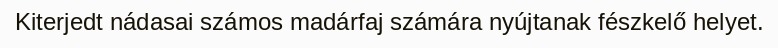
Kiterjedt nádasai számos madárfaj számára nyújtanak fészkelő helyet.